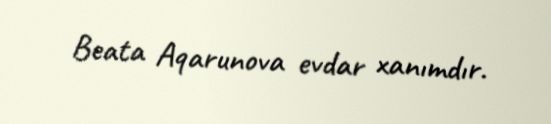
Beata Aqarunova evdar xanımdır.